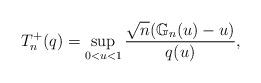
LaTeX: \begin{gather*}{T}^+_n(q)=\sup_{0<u<1}\frac{\sqrt{n}(\mathbb{G}_n(u)-u)}{q(u)},\end{gather*}